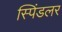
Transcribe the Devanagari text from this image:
स्पिंडलर